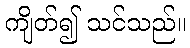
ကျိတ်၍ သင်သည်။